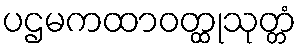
ပဌမကထာဝတ္ထုသုတ္တံ